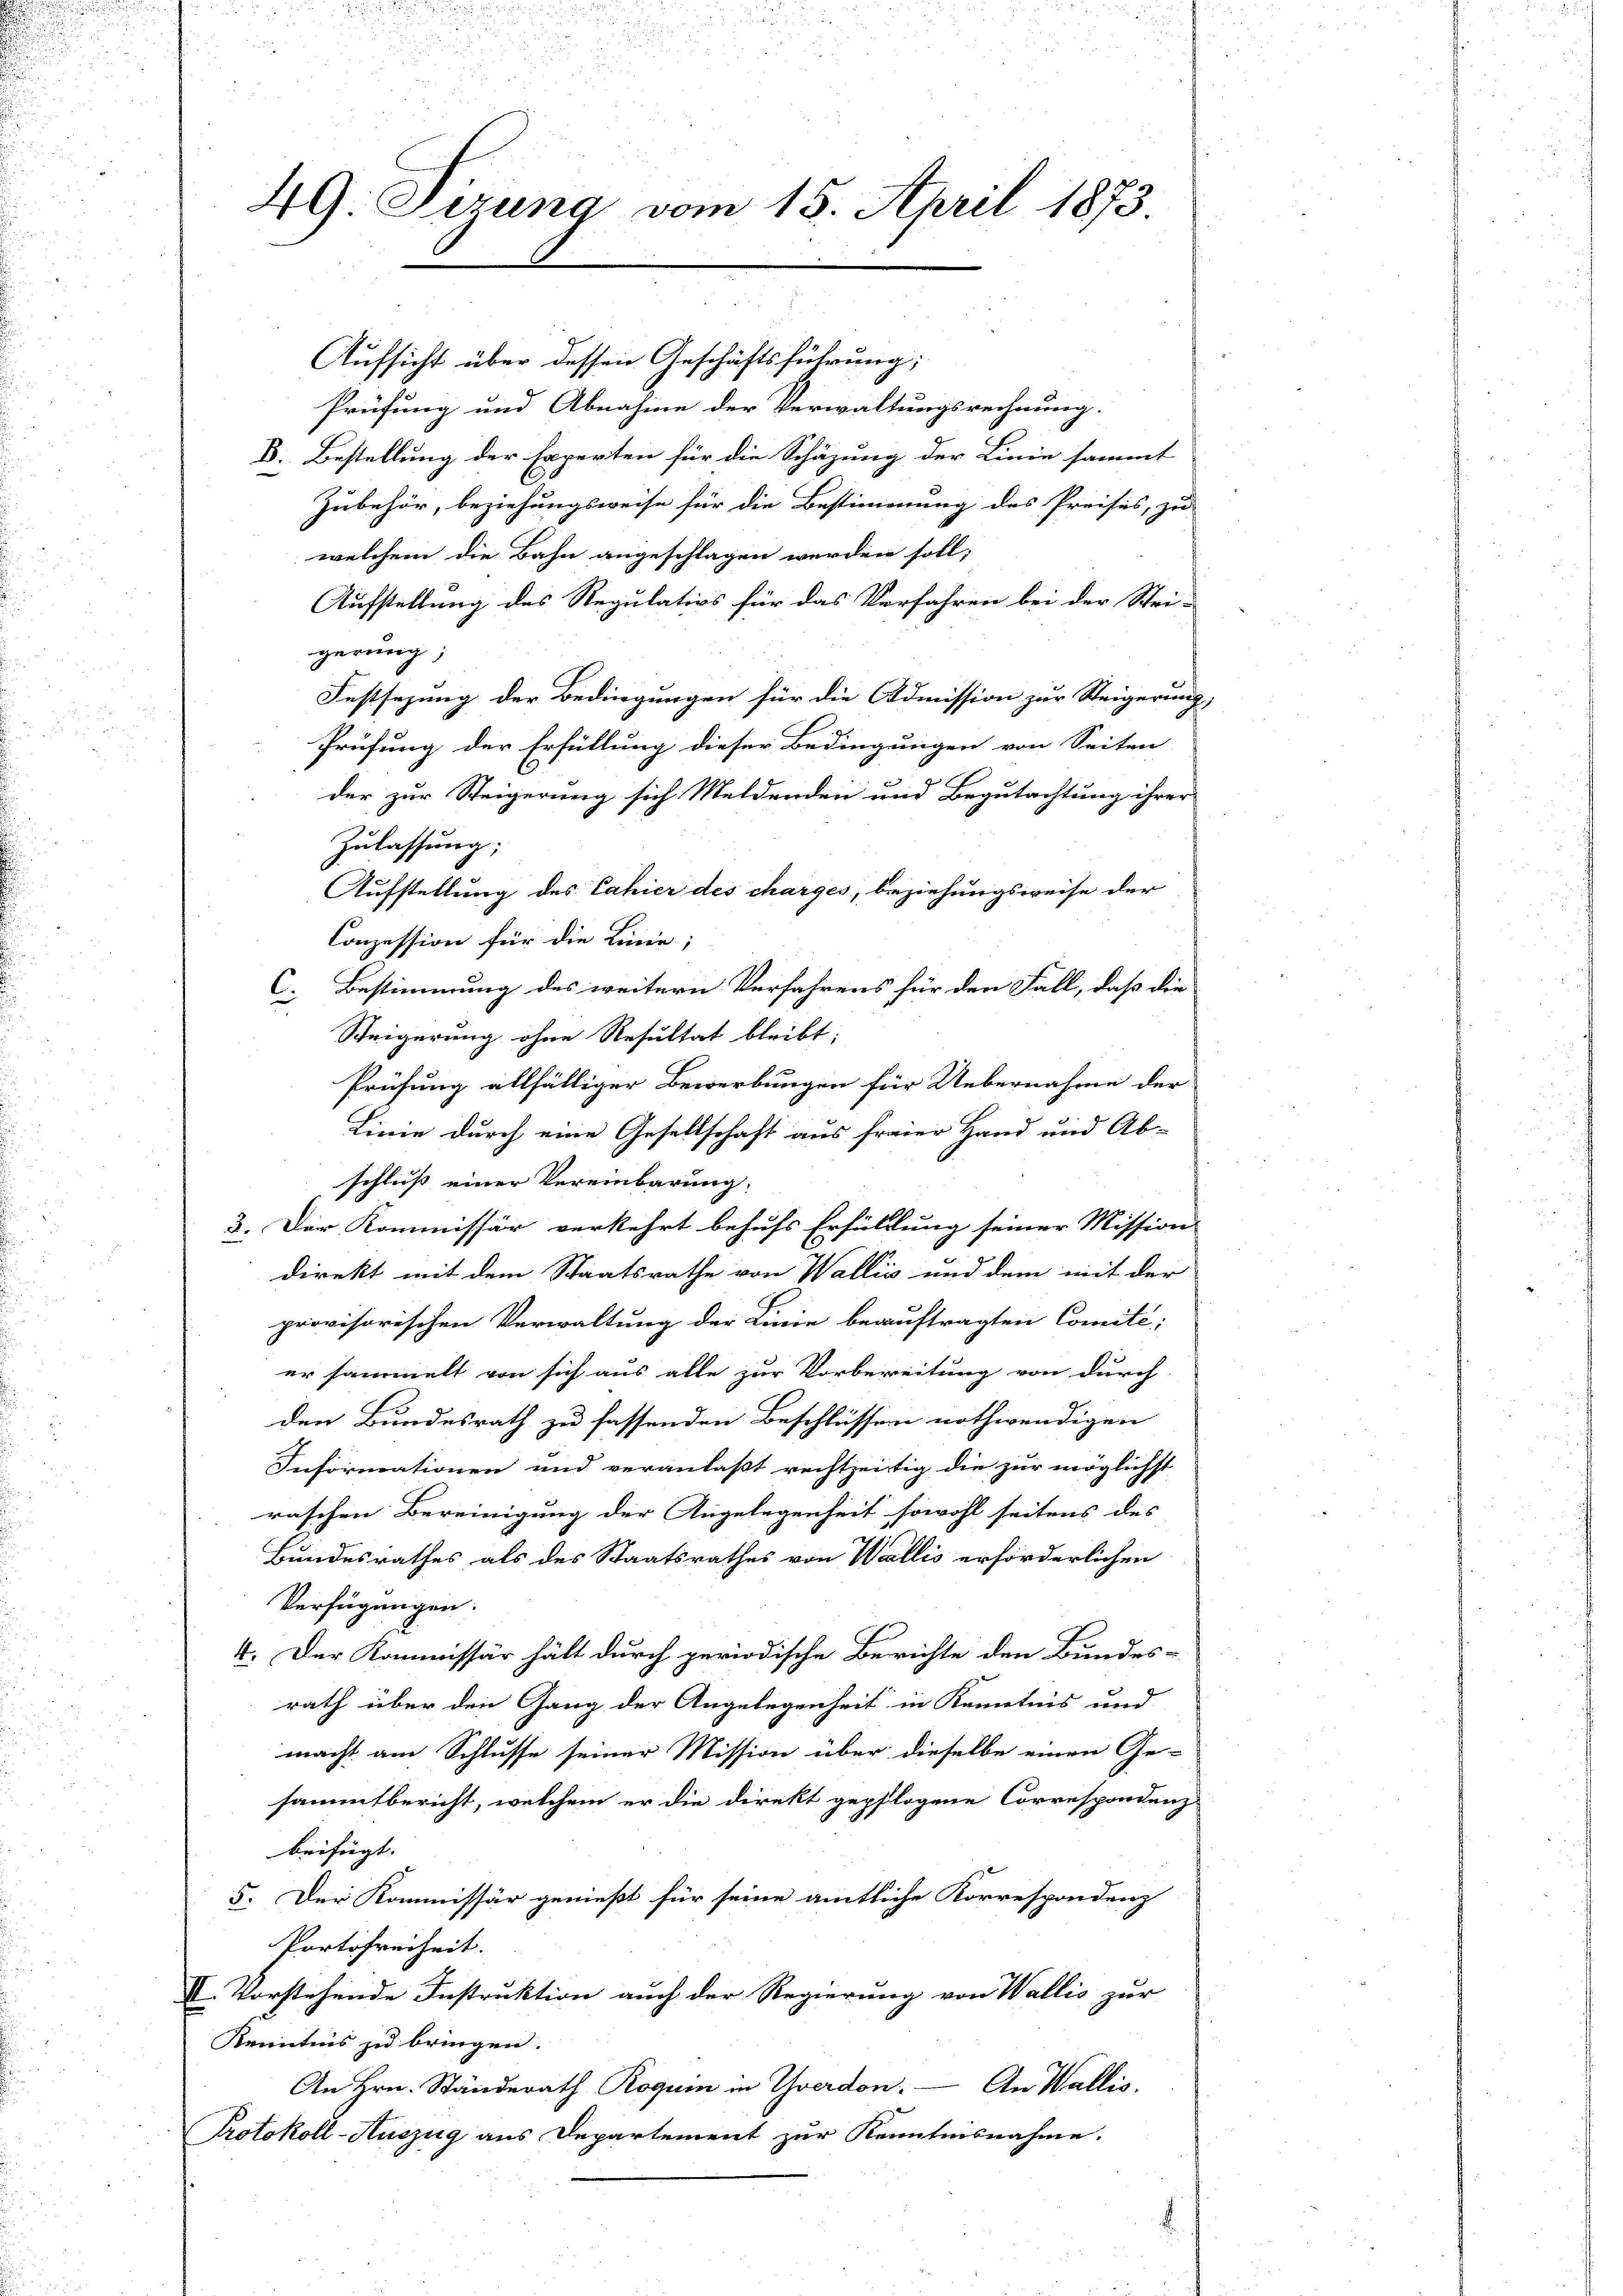
49 Tizung vom 15. April 1873

Aufsicht über dessen Geschäftsführung;
Prüfung und Abnahme der Verwaltungsrechnung.
B. Bestellung der Experten für die Schäzung der Linie sammt
Zubehör, beziehungsweise für die Bestimmung des Preises, zu
welchem die Bahn angeschlagen werden soll,
Aufstellung des Regulativs für das Verfahren bei der Stri-
gerung;
Festsezung der Bedingungen für die Admission zur Steigerung,
Prüfung der Erfüllung dieser Bedingungen von Seiten
der zur Steigerung sich Meldenden und Begutachtung ihrer
Zulassung;
Aufstellung des Cahier des charges, beziehungsweise der
Conzession für die Linie;
C. Bestimmung des weitern Verfahrens für den Fall, daß die
Steigerung ohne Resultat bleibt:
Prüfung allfälliger Bewerbungen für Uebernahme der
Linie durch eine Gesellschaft aus freier Hand und Ab-
schluß einer Vereinbarung:
3. Der Kommissär verkehrt behufs Erfüllung seiner Mission
direkt mit dem Staatsrathe von Wallis und dem mit der
provisorischen Verwaltung der Linie beauftragten Comité;
er sammelt von sich aus alle zur Vorbereitung von durch
den Bundesrath zu fassenden Beschlüssen nothwendigen
Informationen und veranlaßt rechtzeitig die zur möglichst
raschen Bereinigung der Angelegenheit sowohl seitens des
Bundesrathes als des Staatsrathes von Wallis erforderlichen
Verfügungen:
4. Der Kommissär hält durch periodische Berichte den Bundes-
rath über den Gang der Angelegenheit in Kenntnis und
macht am Schlusse seiner Mission über dieselbe einen Ge-
sammtbericht, welchem er die direkt gepflogene Correspondenz
beifügt. |
5. Der Kommissär genießt für seine amtliche Korrespondenz
Portofreiheit. |
II. Vorstehende Instruktion auch der Regierung von Wallis zur
Kenntnis zu bringen.
An Hrn. Ständerath Roguin in Yverdon. — An Wallis.
Protokoll-Auszug aus Departement zur Kenntnisnahme.